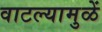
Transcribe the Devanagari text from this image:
वाटल्यामुळें